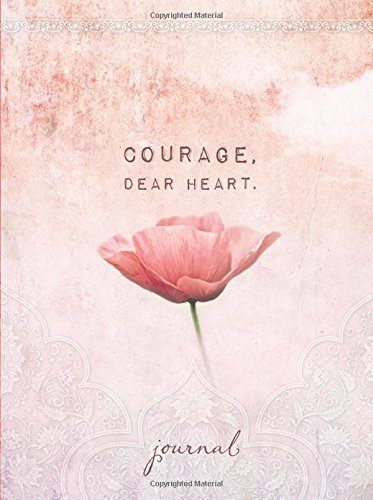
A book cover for Courage, Dear Heart; Ellie Claire; Self-Help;